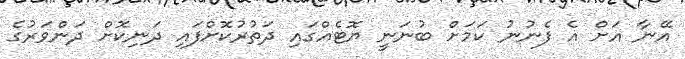
އޭނާ އަށް އެ ފެނުނު ކަމަށް ބުނަނީ ޔޮޓެއްގައި ދަތުރުކޮށްފައި ދަނިކޮށް ދަންވަރުގެ